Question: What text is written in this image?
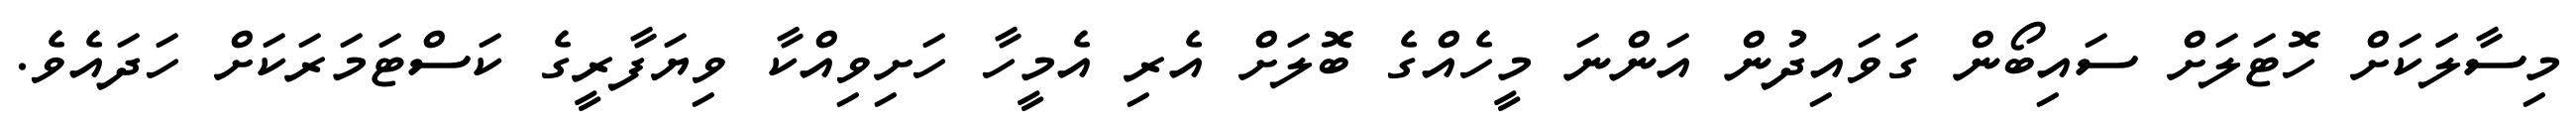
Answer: މިސާލަަކަށް ހޮޓަލަށް ސައިބޯން ގަވައިދުން އަންނަ މީހެއްގެ ބޮލަށް އެރި އެމީހާ ހަށިވިއްކާ ވިޔަފާރީގެ ކަސްޓަމަރަކަށް ހަދައެވެ.